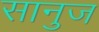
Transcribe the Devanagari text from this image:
सानुज